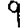
Digit: 9